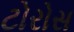
ટોરોસ